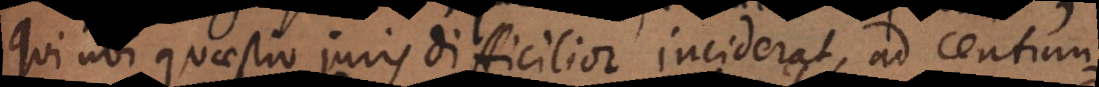
qui ubi quaestio juris difficilior inciderat, ad centumvi